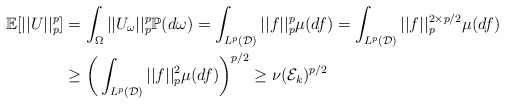
\begin{align*} \mathbb{E}[||U||_p^p] &= \int_{\Omega} ||U_{\omega}||_p^p\mathbb{P}(d\omega) = \int_{L^p(\mathcal{D})}||f||_p^p\mu(df) = \int_{L^p(\mathcal{D})}||f||_p^{2\times p/2}\mu(df)\\ &\geq \bigg(\int_{L^p(\mathcal{D})}||f||_p^{2}\mu(df)\bigg)^{p/2} \geq \nu(\mathcal{E}_k)^{p/2}\end{align*}